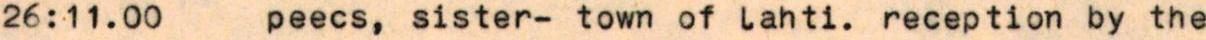
26:11.00  peecs, sister- town of lahti. reception by the